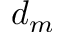
d _ { m }